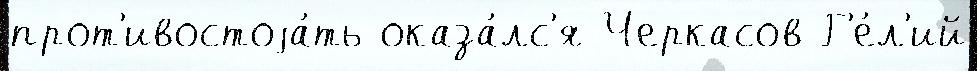
прот'ивостоjа́ть оказа́лс'я Черкасов Г'е́л'ий